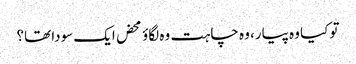
تو کیا وہ پیار، وہ چاہت وہ لگاؤ محض ایک سودا تھا؟